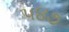
૫૪૭